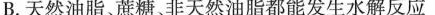
B.天然油脂、蔗糖、非天然油脂都能发生水解反应